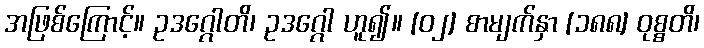
အဖြစ်ကြောင့်။ ဥဒဂ္ဂေါတိ၊ ဥဒဂ္ဂေါ ဟူ၍။ [၀၂] စာမျက်နှာ [၁၈၈] ဝုစ္စတိ၊